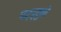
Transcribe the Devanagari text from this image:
पर्ड्युने